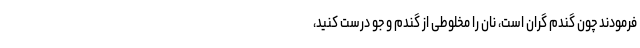
فرمودند چون گندم گران است، نان را مخلوطی از گندم و جو درست کنید،